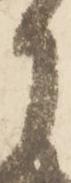
月